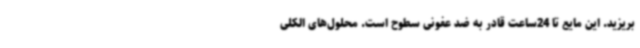
بریزید. این مایع تا 24ساعت قادر به ضد عفونی سطوح است. محلول‌های الکلی